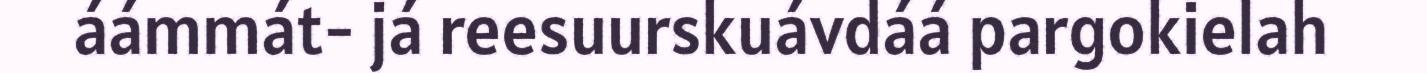
áámmát- já reesuurskuávdáá pargokielah